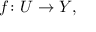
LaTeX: f \colon U \to Y ,